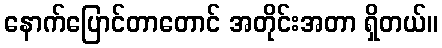
နောက်ပြောင်တာတောင် အတိုင်းအတာ ရှိတယ်။